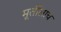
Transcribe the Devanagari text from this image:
मूर्तीलाच